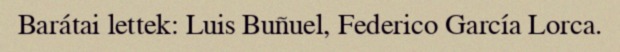
Barátai lettek: Luis Buñuel, Federico García Lorca.